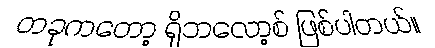
တခုကတော့ ရိုဘလော့စ် ဖြစ်ပါတယ်။